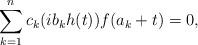
LaTeX: \begin{align*} \sum_{k=1}^n c_k (ib_k h(t)) f(a_k +t) =0,\end{align*}